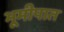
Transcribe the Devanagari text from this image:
भूमीपात